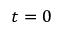
t = 0